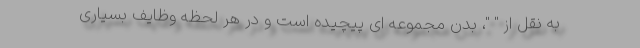
به نقل از " "، بدن مجموعه ای پیچیده است و در هر لحظه وظایف بسیاری